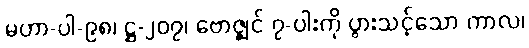
မဟာ-ပါ-၉၈၊ ဋ္ဌ-၂၀၇၊ ဗောဇ္ဈင် ၇-ပါးကို ပွားသင့်သော ကာလ၊